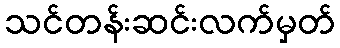
သင်တန်းဆင်းလက်မှတ်